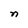
Character: n